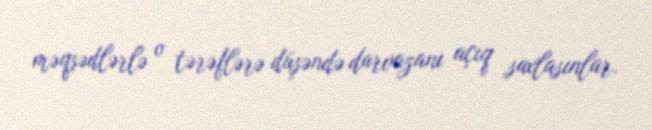
məqsədlərlə o tərəflərə düşəndə darvazanı açıq saxlasınlar.